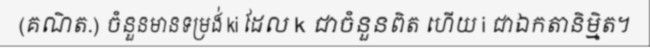
(គណិត.) ចំនួនមានទម្រង់ ki ដែល k ជាចំនួនពិត ហើយ i ជាឯកតានិម្មិត។